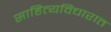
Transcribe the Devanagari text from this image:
साहित्यविचारात